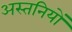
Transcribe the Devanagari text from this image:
अस्तनियों